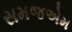
સમજએમ